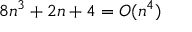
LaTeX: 8 n ^ { 3 } + 2 n + 4 = O ( n ^ { 4 } )